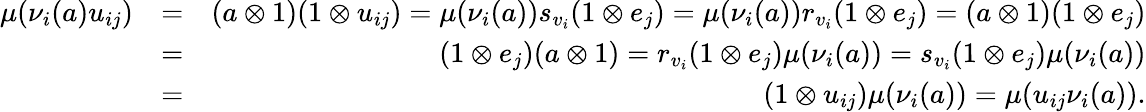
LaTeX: \begin{array}{rlr}{\mu(\nu_{i}(a)u_{ij})}&{=}&{(a\otimes 1)(1\otimes u_{ij})=\mu(\nu_{i}(a))s_{v_{i}}(1\otimes e_{j})=\mu(\nu_{i}(a))r_{v_{i}}(1\otimes e_{j})=(a\otimes 1)(1\otimes e_{j})}\\ &{=}&{(1\otimes e_{j})(a\otimes 1)=r_{v_{i}}(1\otimes e_{j})\mu(\nu_{i}(a))=s_{v_{i}}(1\otimes e_{j})\mu(\nu_{i}(a))}\\ &{=}&{(1\otimes u_{ij})\mu(\nu_{i}(a))=\mu(u_{ij}\nu_{i}(a)).}\end{array}